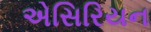
એસિરિયન